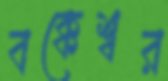
বক্কেশ্বর